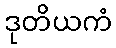
ဒုတိယကံ